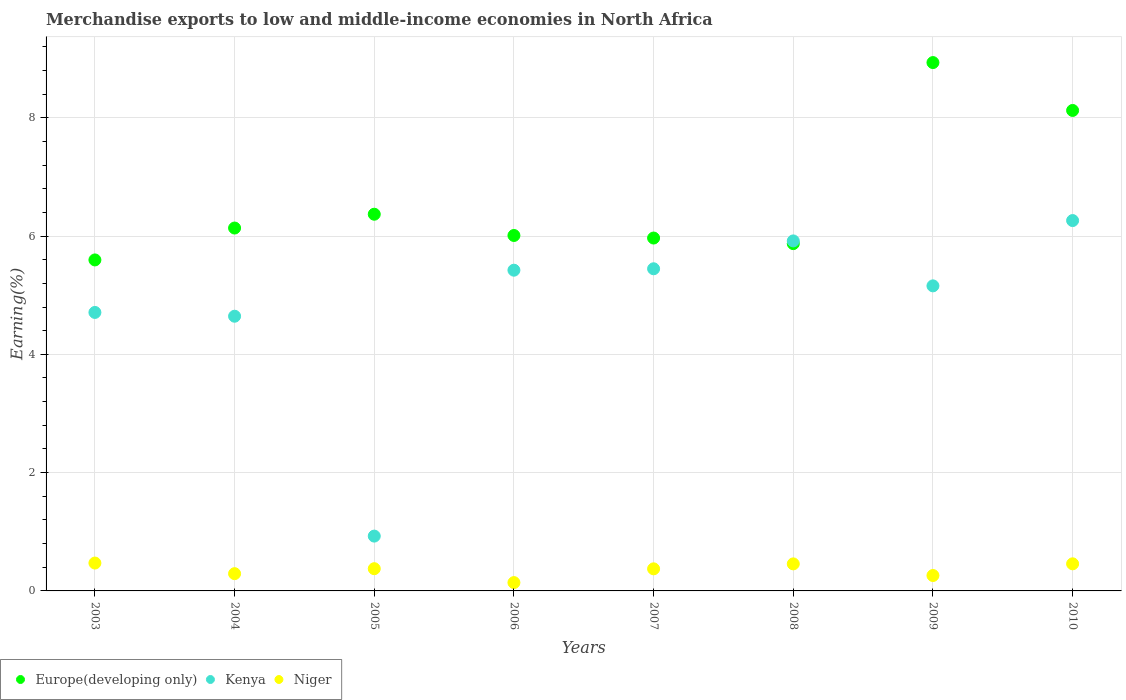
| Years | Europe(developing only) | Kenya | Niger |
 | --- | --- | --- | --- |
 | 2003 | 5.6 | 4.71 | 0.471 |
 | 2004 | 6.14 | 4.64 | 0.292 |
 | 2005 | 6.37 | 0.927 | 0.376 |
 | 2006 | 6.01 | 5.42 | 0.141 |
 | 2007 | 5.97 | 5.45 | 0.373 |
 | 2008 | 5.87 | 5.92 | 0.457 |
 | 2009 | 8.93 | 5.16 | 0.261 |
 | 2010 | 8.12 | 6.26 | 0.458 |